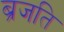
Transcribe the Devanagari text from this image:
ब्रजति